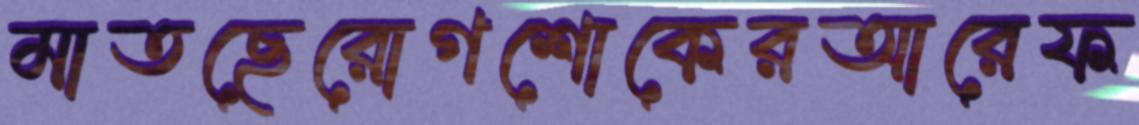
মাতছেরোগশোকেরআরেফ